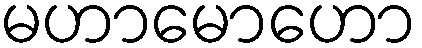
မဟာမောဟော